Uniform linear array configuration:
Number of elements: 8
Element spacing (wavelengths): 0.5
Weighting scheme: blackman
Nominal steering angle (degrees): -60
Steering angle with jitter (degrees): -58.192
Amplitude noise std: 0.05
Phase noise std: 0.05

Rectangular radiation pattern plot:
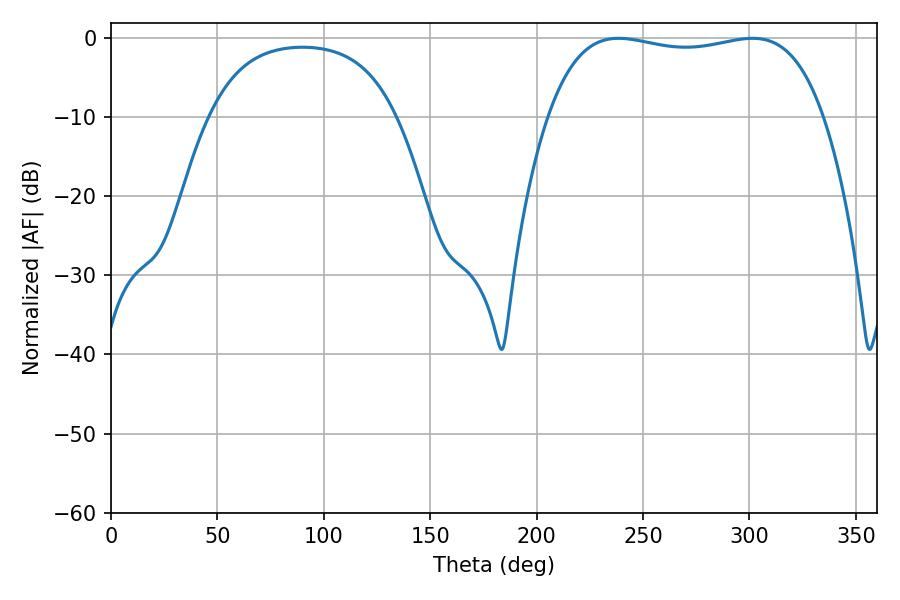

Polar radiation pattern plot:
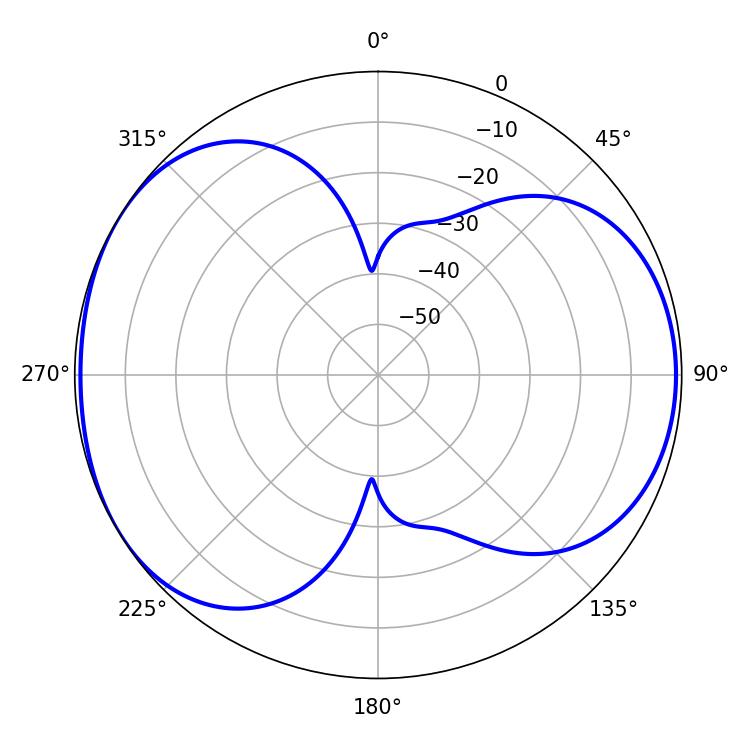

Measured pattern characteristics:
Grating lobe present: FALSE
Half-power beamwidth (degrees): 104.04
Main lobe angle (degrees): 238.5